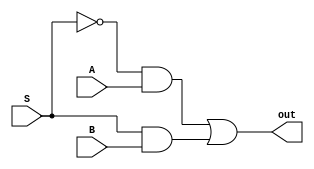
module MUX_2_1(A, B, S, out);

input A, B, S;

output out;

assign out = ((!S) & A) | (S & B);

endmodule